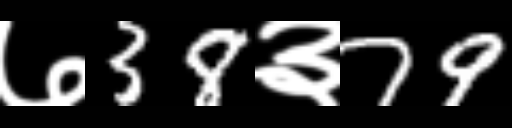
Text: ७38३79